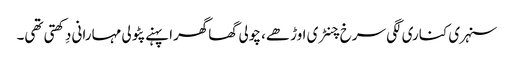
سنہری کناری لگی سرخ چنٹری اوڑھے، چولی گھاگھرا پہنے پٹولی مہارانی دِکھتی تھی۔